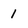
Character: 1